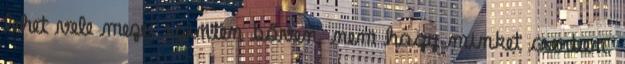
lehet vele mezei szinten bőven, nem hagy minket cserben.